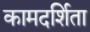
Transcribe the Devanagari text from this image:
कामदर्शिता